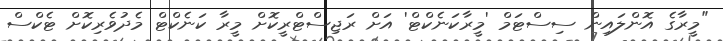
"މީރާގެ އޮންލައިން ސިސްޓަމް 'މީރާކަނެކްޓް' އަށް ރަޖިސްޓްރީކޮށް މީރާ ކަނެކްޓް މެދުވެރިކޮށް ޓެކްސް